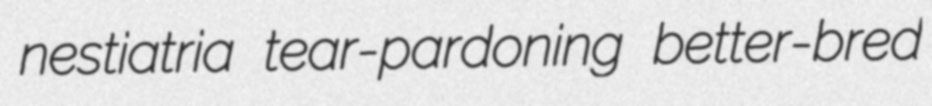
nestiatria tear-pardoning better-bred